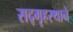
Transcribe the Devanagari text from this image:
सद्‌गृहस्थाने